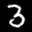
Label: 3